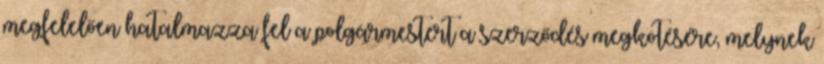
megfelelően hatalmazza fel a polgármestert a szerződés megkötésére, melynek